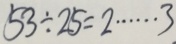
5 3 \div 2 5 = 2 \cdots 3